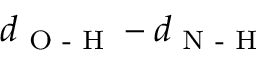
d _ { \textrm { O - H } } - d _ { \textrm { N - H } }